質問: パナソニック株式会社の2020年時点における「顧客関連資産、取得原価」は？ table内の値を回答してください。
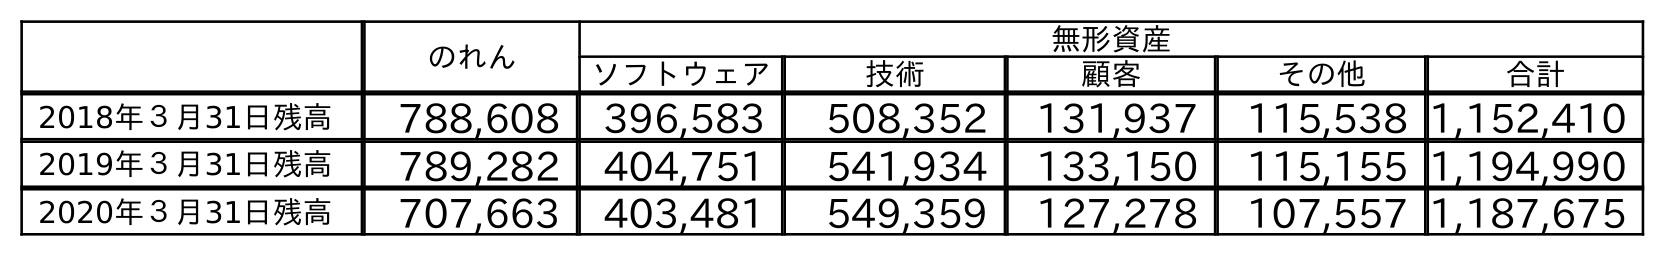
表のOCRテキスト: のれん 無形資産 ソフトウェア 技術 顧客 その他 合計 2018年３月31日残高 788,608 396,583 508,352 131,937 115,538 1,152,410 2019年３月31日残高 789,282 404,751 541,934 133,150 115,155 1,194,990 2020年３月31日残高 707,663 403,481 549,359 127,278 107,557 1,187,675
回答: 127,278